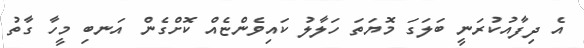
އެ ދިފާއުކުރަނީ ބަލަގަ މޮޔަތަ ހަލާލު ކައިވެންޏެއް ކޮށްގެން އަނބި މީހާ ގާތު